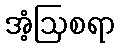
အံ့ဩစရာ